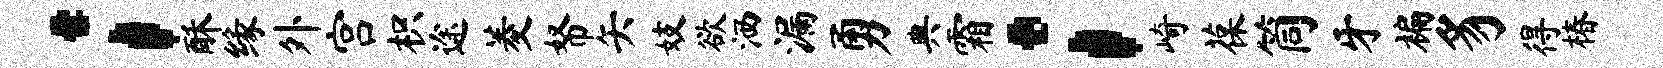
；酥缘外宫枳途菱帑矢妓欲洒漏勇典霜；崎葆筒牙褊豸得椿